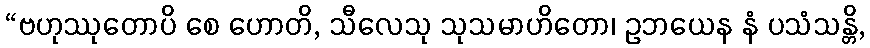
“ဗဟုဿုတောပိ စေ ဟောတိ, သီလေသု သုသမာဟိတော၊ ဥဘယေန နံ ပသံသန္တိ,